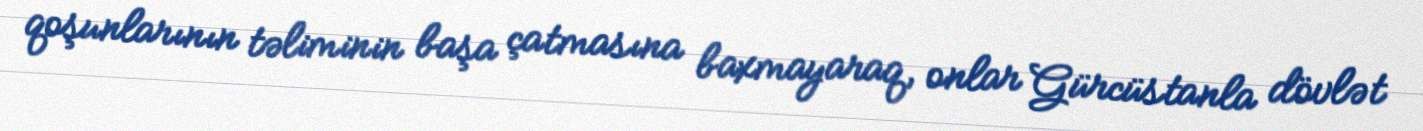
qoşunlarının təliminin başa çatmasına baxmayaraq, onlar Gürcüstanla dövlət